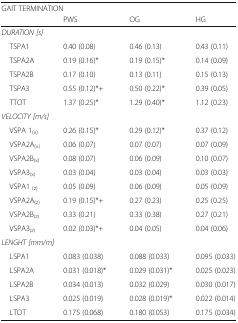
<table><thead><tr><td colspan="4"><b>GAIT TERMINATION</b></td></tr><tr><td></td><td><b>PWS</b></td><td><b>OG</b></td><td><b>HG</b></td></tr></thead><tbody><tr><td colspan="4"><i>DURATION [s]</i></td></tr><tr><td> TSPA1</td><td>0.40 (0.08)</td><td>0.46 (0.13)</td><td>0.43 (0.11)</td></tr><tr><td> TSPA2A</td><td>0.19 (0.16)*</td><td>0.19 (0.15)*</td><td>0.14 (0.09)</td></tr><tr><td> TSPA2B</td><td>0.17 (0.10)</td><td>0.13 (0.11)</td><td>0.15 (0.13)</td></tr><tr><td> TSPA3</td><td>0.55 (0.12)*+</td><td>0.50 (0.22)*</td><td>0.39 (0.05)</td></tr><tr><td> TTOT</td><td>1.37 (0.25)*</td><td>1.29 (0.40)*</td><td>1.12 (0.23)</td></tr><tr><td colspan="4"><i>VELOCITY [m/s]</i></td></tr><tr><td> VSPA 1<sub>(x)</sub></td><td>0.26 (0.15)*</td><td>0.29 (0.12)*</td><td>0.37 (0.12)</td></tr><tr><td> VSPA2A<sub>(x)</sub></td><td>0.06 (0.07)</td><td>0.07 (0.07)</td><td>0.07 (0.09)</td></tr><tr><td> VSPA2B<sub>(x)</sub></td><td>0.08 (0.07)</td><td>0.06 (0.09)</td><td>0.10 (0.07)</td></tr><tr><td> VSPA3<sub>(x)</sub></td><td>0.03 (0.04)</td><td>0.03 (0.04)</td><td>0.03 (0.03)</td></tr><tr><td> VSPA1 <sub>(z)</sub></td><td>0.05 (0.09)</td><td>0.06 (0.09)</td><td>0.05 (0.09)</td></tr><tr><td> VSPA2A<sub>(z)</sub></td><td>0.19 (0.15)*+</td><td>0.27 (0.23)</td><td>0.25 (0.25)</td></tr><tr><td> VSPA2B<sub>(z)</sub></td><td>0.33 (0.21)</td><td>0.33 (0.38)</td><td>0.27 (0.21)</td></tr><tr><td> VSPA3<sub>(z)</sub></td><td>0.02 (0.03)*+</td><td>0.04 (0.05)</td><td>0.04 (0.06)</td></tr><tr><td colspan="4"><i>LENGHT [mm/m]</i></td></tr><tr><td> LSPA1</td><td>0.083 (0.038)</td><td>0.088 (0.033)</td><td>0.095 (0.033)</td></tr><tr><td> LSPA2A</td><td>0.031 (0.018)*</td><td>0.029 (0.031)*</td><td>0.025 (0.023)</td></tr><tr><td> LSPA2B</td><td>0.034 (0.013)</td><td>0.032 (0.029)</td><td>0.030 (0.017)</td></tr><tr><td> LSPA3</td><td>0.025 (0.019)</td><td>0.028 (0.019)*</td><td>0.022 (0.014)</td></tr><tr><td> LTOT</td><td>0.175 (0.068)</td><td>0.180 (0.053)</td><td>0.175 (0.034)</td></tr></tbody></table>